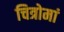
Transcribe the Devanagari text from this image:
चित्रोमां